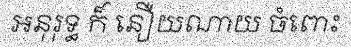
អនុរុទ្ធ ក៏ នឿយណាយ ចំពោះ